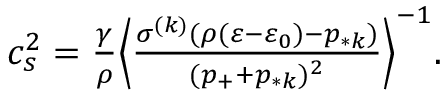
\begin{array} { r } { c _ { s } ^ { 2 } = \frac { \gamma } { \rho } \Big \langle \frac { \sigma ^ { ( k ) } ( \rho ( \varepsilon - \varepsilon _ { 0 } ) - p _ { * k } ) } { ( p _ { + } + p _ { * k } ) ^ { 2 } } \Big \rangle ^ { - 1 } . } \end{array}